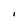
Character: I